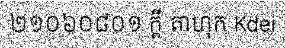
២១០៦០៨០១ ក្តី តាហុក Kdei